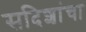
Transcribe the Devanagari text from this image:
सदिशांचा